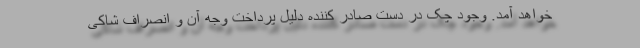
خواهد آمد. وجود چک در دست صادر کننده دلیل پرداخت وجه آن و انصراف شاکی